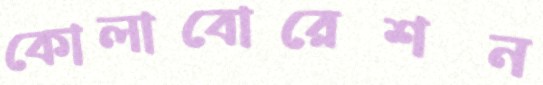
কোলাবোরেশন